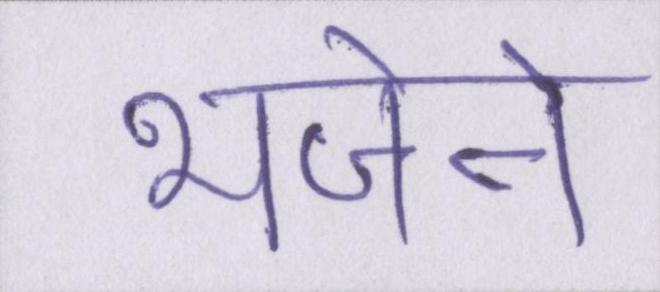
भेजने